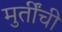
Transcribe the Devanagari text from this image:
मुर्तींची